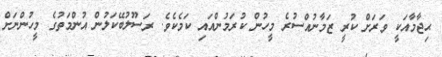
ޙިޖާމާއަކީ ވަރަށް ކުރީ ޒަމާނުއްސުރެ މީހުން ކުރަމުންއައި ކަމެކެވެ. ރަސޫލުބޭކަލުން އުންމަތުގެ މީހުންނަށް